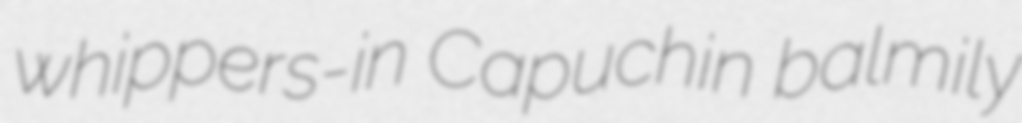
whippers-in Capuchin balmily